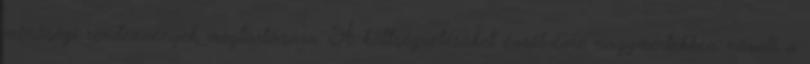
minőségi rendezvények megtartására. A költségvetésüket évről-évre nagymértékben növeli a